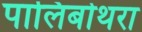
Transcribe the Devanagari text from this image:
पालिबोथरा